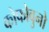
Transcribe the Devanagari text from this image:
कोफोवुनो